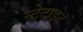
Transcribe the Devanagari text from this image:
स्टेटाइट